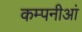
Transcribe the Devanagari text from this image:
कम्पनीआं